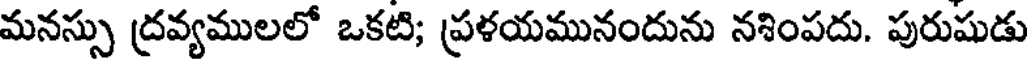
మనస్సు ద్రవ్యములలో ఒకటి; ప్రళయమునందును నశింపదు. పురుషుడు